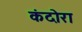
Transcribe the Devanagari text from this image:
कंदोरा